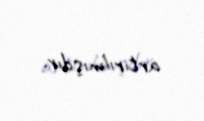
artırılmışdır.